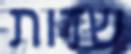
שדות